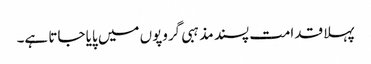
پہلا قدامت پسند مذہبی گروپوں میں پایا جاتا ہے۔